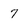
Character: 7